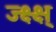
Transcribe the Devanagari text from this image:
ज्क्ष्क्ष्